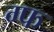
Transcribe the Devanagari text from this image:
ग्फ